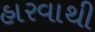
હારવાથી